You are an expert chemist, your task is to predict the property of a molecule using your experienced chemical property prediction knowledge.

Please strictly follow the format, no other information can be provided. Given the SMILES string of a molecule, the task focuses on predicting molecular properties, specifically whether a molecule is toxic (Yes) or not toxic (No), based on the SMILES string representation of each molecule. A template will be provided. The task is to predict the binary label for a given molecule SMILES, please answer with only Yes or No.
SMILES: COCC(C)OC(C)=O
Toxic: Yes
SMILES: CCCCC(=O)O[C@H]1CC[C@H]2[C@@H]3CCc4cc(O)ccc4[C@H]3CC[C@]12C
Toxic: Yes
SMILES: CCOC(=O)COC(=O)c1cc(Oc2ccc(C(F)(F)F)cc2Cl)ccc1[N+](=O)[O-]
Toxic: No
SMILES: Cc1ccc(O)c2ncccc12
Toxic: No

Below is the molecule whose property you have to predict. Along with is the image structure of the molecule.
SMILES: CN(C)CCOc1ccc(/C(=C(/CCCl)c2ccccc2)c2ccccc2)cc1.O=C(O)CC(O)(CC(=O)O)C(=O)O
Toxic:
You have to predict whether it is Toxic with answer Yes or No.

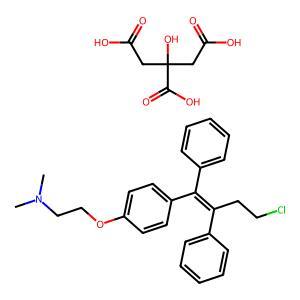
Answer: No